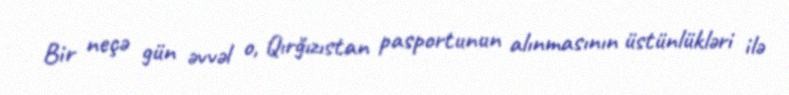
Bir neçə gün əvvəl o, Qırğızıstan pasportunun alınmasının üstünlükləri ilə